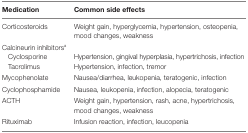
<table><thead><tr><td><b>Medication</b></td><td><b>Common side effects</b></td></tr></thead><tbody><tr><td>Corticosteroids</td><td>Weight gain, hyperglycemia, hypertension, osteopenia, mood changes, weakness</td></tr><tr><td>Calcineurin inhibitors<sup>a</sup></td><td></td></tr><tr><td> Cyclosporine</td><td>Hypertension, gingival hyperplasia, hypertrichosis, infection</td></tr><tr><td> Tacrolimus</td><td>Hypertension, infection, tremor</td></tr><tr><td>Mycophenolate</td><td>Nausea/diarrhea, leukopenia, teratogenic, infection</td></tr><tr><td>Cyclophosphamide</td><td>Nausea, leukopenia, infection, alopecia, teratogenic</td></tr><tr><td>ACTH</td><td>Weight gain, hypertension, rash, acne, hypertrichosis, mood changes, weakness</td></tr><tr><td>Rituximab</td><td>Infusion reaction, infection, leucopenia</td></tr></tbody></table>